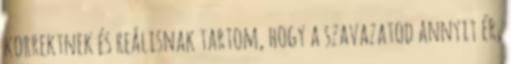
korrektnek és reálisnak tartom, hogy a szavazatod annyit ér,